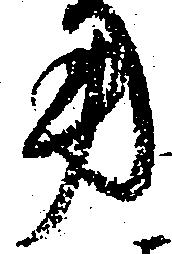
用